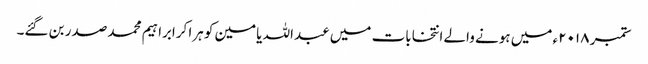
ستمبر ۲۰۱۸ء میں ہونے والے انتخابات میں عبداللہ یامین کو ہرا کرابراہیم محمد صدر بن گئے۔